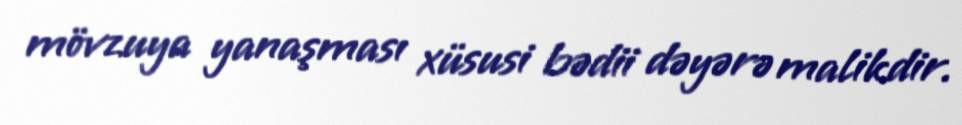
mövzuya yanaşması xüsusi bədii dəyərə malikdir.